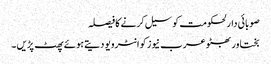
صوبائی دارلحکومت کو سیل کرنے کا فیصلہ
بختاور بھٹو عرب نیوز کو انٹرویو دیتے ہوئے پھٹ پڑیں ۔